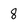
Character: 8